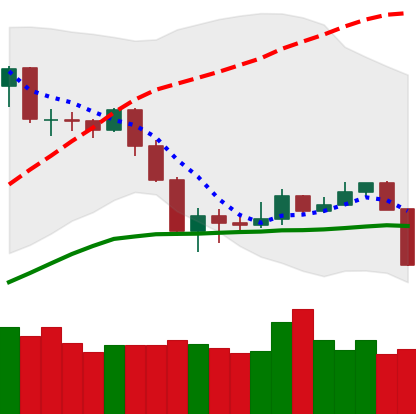
Ticker: NEO-USD
Chart end date: 2020-03-08
Forward return: -39.097%
Label: down_7plus